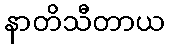
နာတိသီတာယ